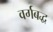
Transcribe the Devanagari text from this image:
वर्गबद्ध